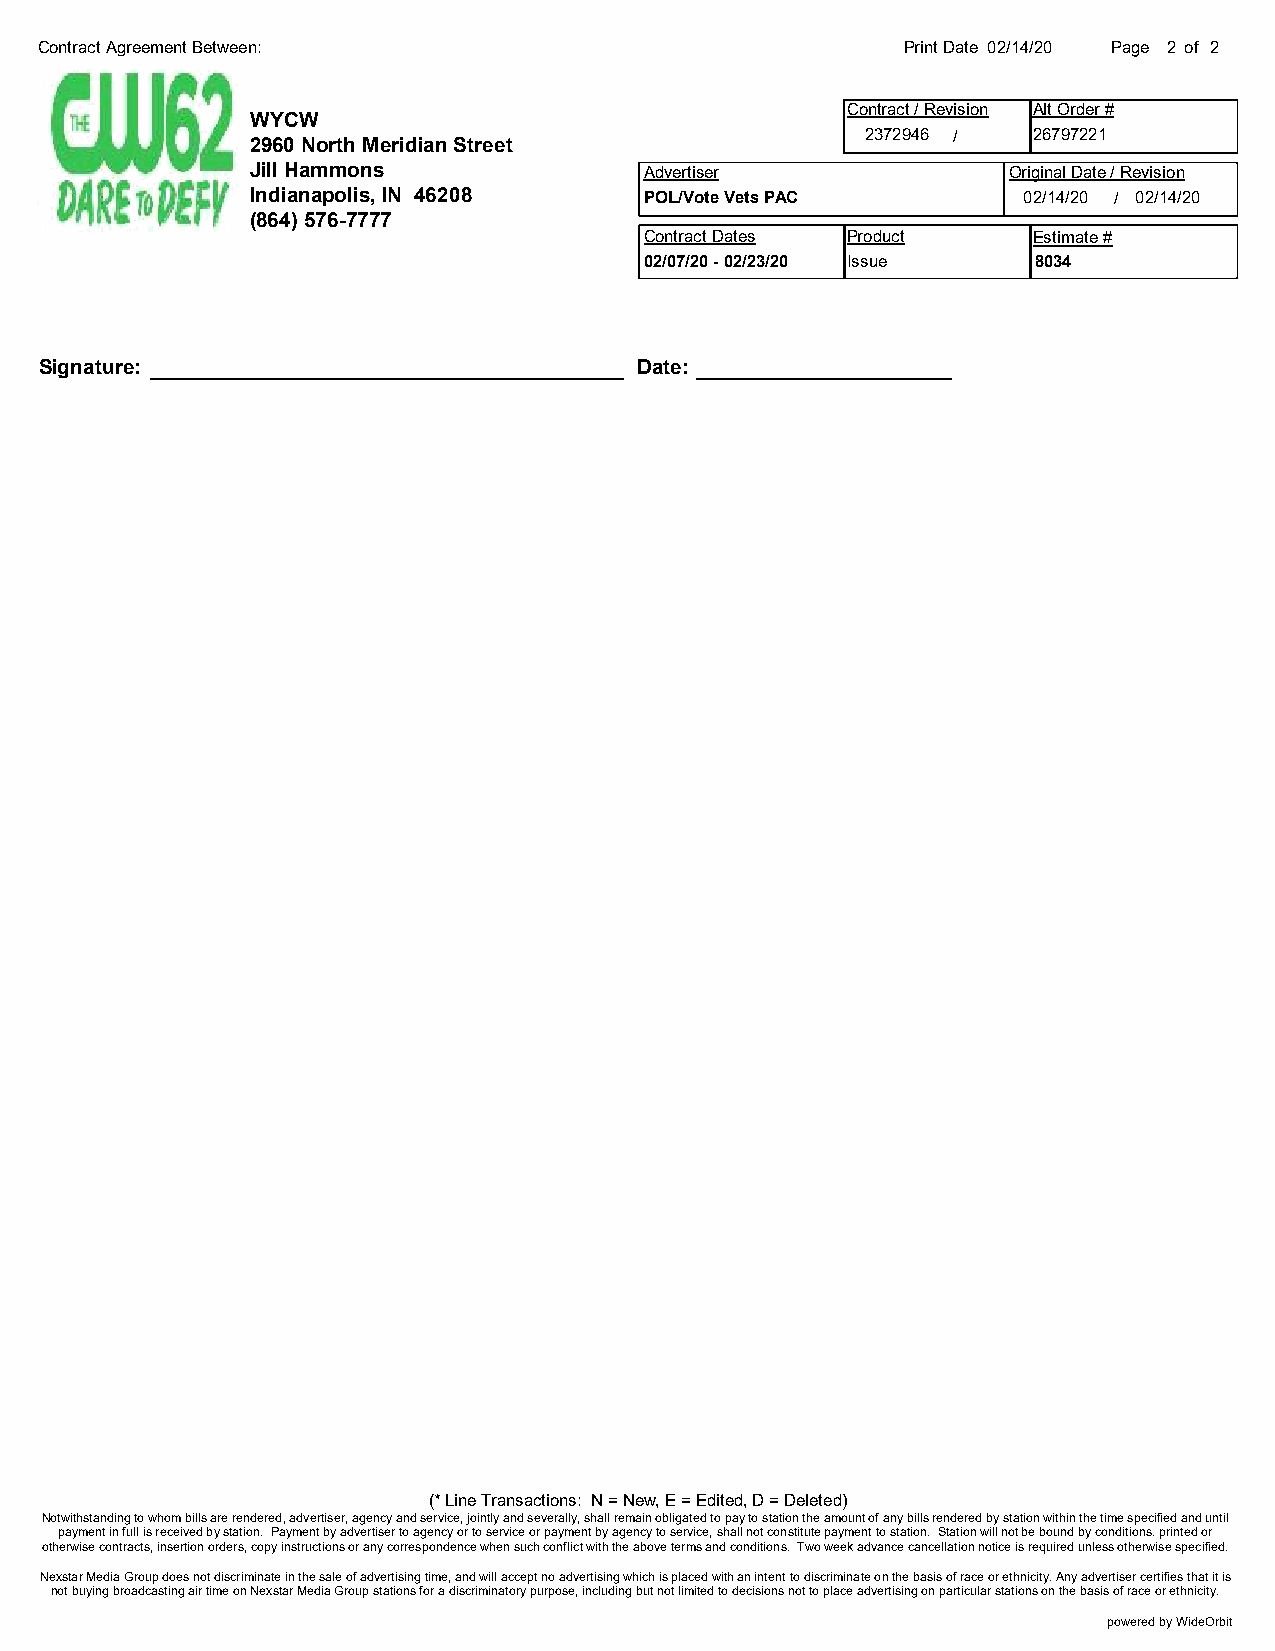
Contract Agreement Between:                               Print Date 02/14/20 Page 2 of 2
 Contract / Revision Alt Order #
 WYCW
 2372946 /  26797221
 2960 North Meridian Street
 Jill Hammons              Advertiser              Original Date / Revision
 Indianapolis, IN 46208    POL/Vote Vets PAC        02/14/20 / 02/14/20
 (864) 576-7777
 Contract Dates Product   Estimate #
 02/07/20 - 02/23/20 Issue 8034
 Signature:                             Date:
 (* Line Transactions: N = New, E = Edited, D = Deleted)
 Notwithstanding to whom bills are rendered, advertiser, agency and service, jointly and severally, shall remain obligated to pay to station the amount of any bills rendered by station within the time specified and until
 payment in full is received by station. Payment by advertiser to agency or to service or payment by agency to service, shall not constitute payment to station. Station will not be bound by conditions. printed or
 otherwise contracts, insertion orders, copy instructions or any correspondence when such conflict with the above terms and conditions. Two week advance cancellation notice is required unless otherwise specified.
 Nexstar Media Group does not discriminate in the sale of advertising time, and will accept no advertising which is placed with an intent to discriminate on the basis of race or ethnicity. Any advertiser certifies that it is
 not buying broadcasting air time on Nexstar Media Group stations for a discriminatory purpose, including but not limited to decisions not to place advertising on particular stations on the basis of race or ethnicity.
 powered by WideOrbit